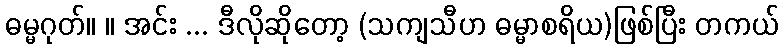
ဓမ္မဂုတ်။ ။ အင်း ... ဒီလိုဆိုတော့ (သကျသီဟ ဓမ္မာစရိယ)ဖြစ်ပြီး တကယ်